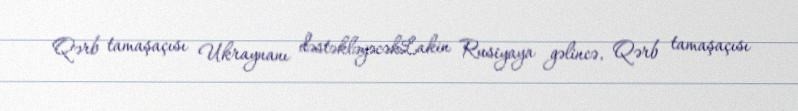
Qərb tamaşaçısı Ukraynanı dəstəkləyəcəkLakin Rusiyaya gəlincə, Qərb tamaşaçısı